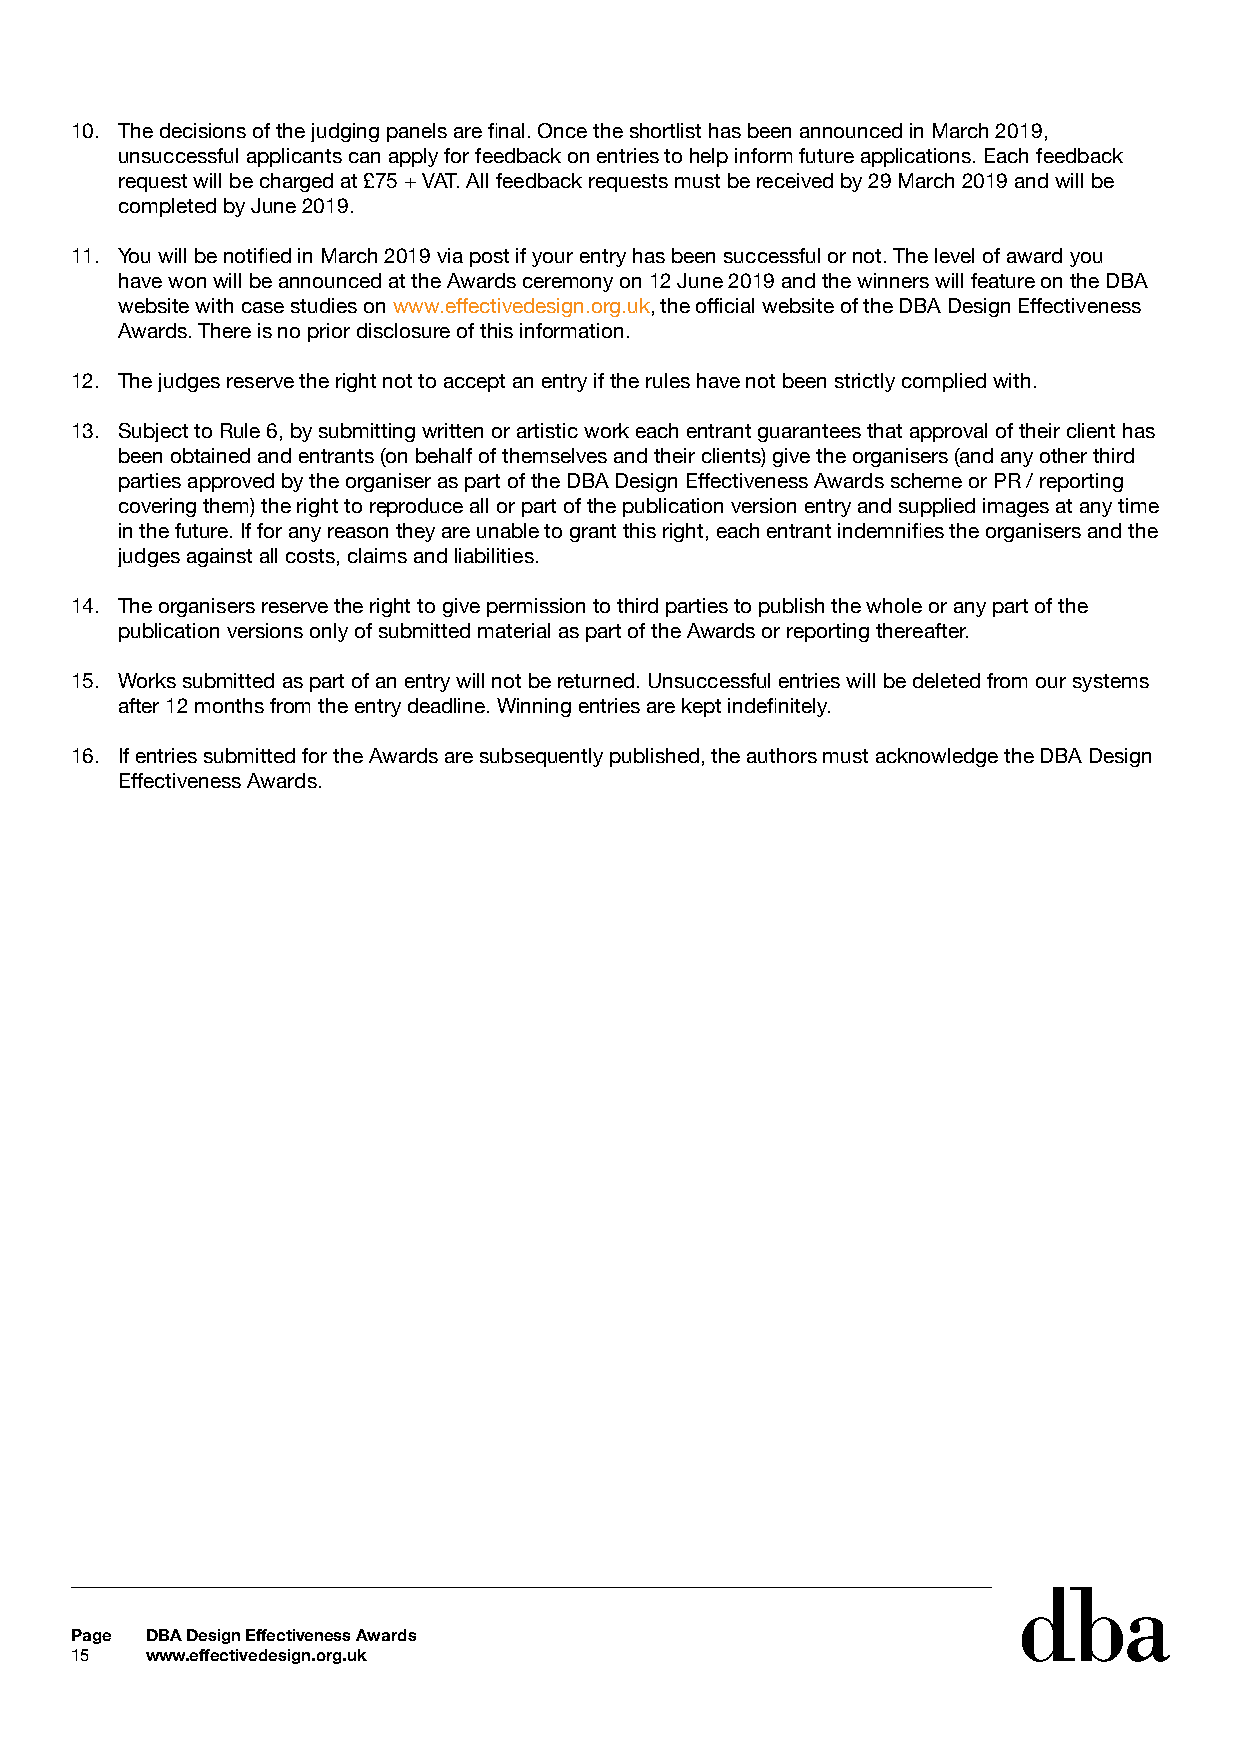
10. The decisions of the judging panels are final. Once the shortlist has been announced in March 2019,
 unsuccessful applicants can apply for feedback on entries to help inform future applications. Each feedback
 request will be charged at £75 + VAT. All feedback requests must be received by 29 March 2019 and will be
 completed by June 2019.
 11. You will be notified in March 2019 via post if your entry has been successful or not. The level of award you
 have won will be announced at the Awards ceremony on 12 June 2019 and the winners will feature on the DBA
 website with case studies on www.effectivedesign.org.uk, the official website of the DBA Design Effectiveness
 Awards. There is no prior disclosure of this information.
 12. The judges reserve the right not to accept an entry if the rules have not been strictly complied with.
 13. Subject to Rule 6, by submitting written or artistic work each entrant guarantees that approval of their client has
 been obtained and entrants (on behalf of themselves and their clients) give the organisers (and any other third
 parties approved by the organiser as part of the DBA Design Effectiveness Awards scheme or PR / reporting
 covering them) the right to reproduce all or part of the publication version entry and supplied images at any time
 in the future. If for any reason they are unable to grant this right, each entrant indemnifies the organisers and the
 judges against all costs, claims and liabilities.
 14. The organisers reserve the right to give permission to third parties to publish the whole or any part of the
 publication versions only of submitted material as part of the Awards or reporting thereafter.
 15. Works submitted as part of an entry will not be returned. Unsuccessful entries will be deleted from our systems
 after 12 months from the entry deadline. Winning entries are kept indefinitely.
 16. If entries submitted for the Awards are subsequently published, the authors must acknowledge the DBA Design
 Effectiveness Awards.
 Page DBA Design Effectiveness Awards
 15   www.effectivedesign.org.uk